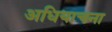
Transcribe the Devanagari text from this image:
अधियाचना